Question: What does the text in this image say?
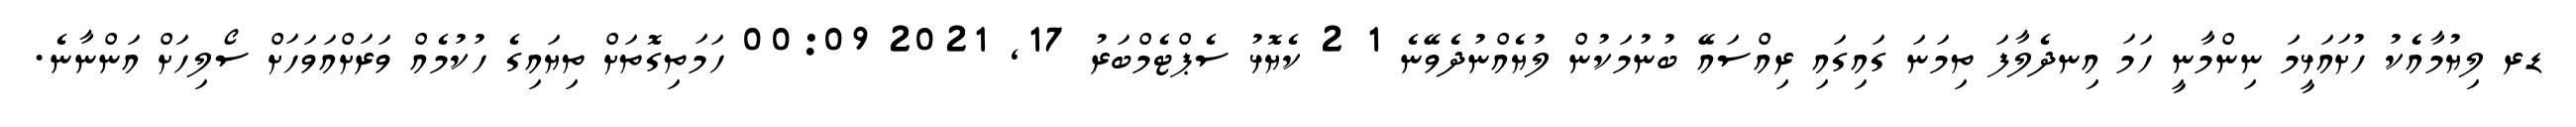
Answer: ޑރ ލިޔުމާއެކު ހުށައަޅީމަ ނިންމާނީ ހަމަ އިނދެލާފަ ތިމަނަ ގައިގައި ރިއްސައޭ ބުނުމަކުން ލުޔެއްނުދެވޭނެ 1 2 ކެޔޮޅު ސެޕްޓެމްބަރު 17, 2021 00:09 ހަމަތިގޮތަށް ތިޔައިގެ ހުކުމެއް ވަރަށްއަވަހަށް ސޯލިހަށް އަންނާނެ.